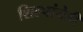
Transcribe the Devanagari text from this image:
शिल्पांचेही